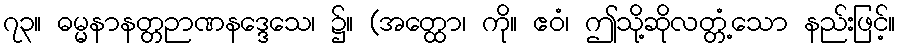
၇၃။ ဓမ္မနာနတ္တဉာဏနဒ္ဒေသေ၊ ၌။ (အတ္ထော၊ ကို။ ဧဝံ၊ ဤသို့ဆိုလတ္တံ့သော နည်းဖြင့်။